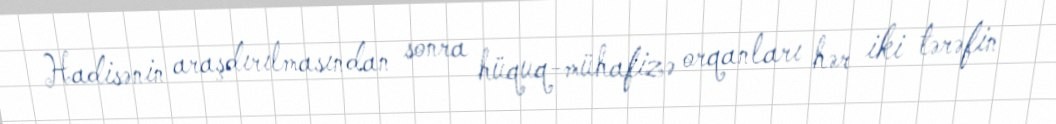
Hadisənin araşdırılmasından sonra hüquq-mühafizə orqanları hər iki tərəfin